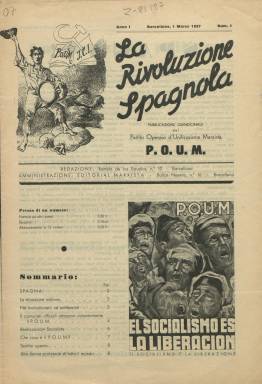
Título: La Rivoluzione spagnola
Colección: Guerra civil || Periódicos
Ámbito geográfico: Barcelona
Lugar de publicación: Barcelona
Fechas: 01/03/1937-01/05/1937

Periódico editado en italiano por el Partido Obrero de Unificación Marxista (POUM) destinado a los milicianos revolucionarios de Italia que habían venido a combatir a España en la Guerra Civil, así como a los italianos residentes en Francia. Se publicaba en Barcelona dado que era en Cataluña donde este partido tenía mayor implantación, aunque también tenía militantes en otras provincias fieles al Gobierno de la República.

  El POUM se había fundado en 1935 y era partidario de un comunismo libertario opuesto al sistema dictatorial implantado en la URSS por Stalin. Seguía la doctrina de Trotsky de la revolución permanente. Al igual que este periódico en italiano, el partido editaba también en Barcelona otro escrito en francés con el título La Revolution espagnole.

  La publicación tenía periodicidad quincenal, según anunciaba en su cabecera, aunque entre el primer número, de 1 marzo de 1937, y el segundo, de 1 de abril, transcurrió un mes. Los siguientes números sí se editaron cada quince días. No es probable que se publicara ningún número más después del correspondiente al 1 de mayo debido a los llamados Sucesos de mayo o Hechos de mayo de 1937, enfrentamientos entre el día 3 y 7 de ese mes en las calles de Barcelona que supusieron la desaparición de este partido.

  Los cuatro números que se llegaron a editar tenían ocho páginas y no incluían fotografías, aunque sí algún grabado. Por ejemplo, en el segundo número, en la página 3 el periódico reprodujo un cartel que había editado el Partido Comunista de España (PCE) en el que se acusaba gráficamente a los miembros del POUM de ser agentes al servicio de los nazis alemanes. Esto da una idea del tremendo enfrentamiento vivido entre los comunistas obedientes a Moscú y los comunistas del POUM.

En los Sucesos de mayo de 1937 los miembros del POUM se aliaron a las juventudes anarquistas y a otras fuerzas de izquierda que exigían hacer la revolución al tiempo que la guerra. Combatieron a fuerzas del Gobierno republicano, la Generalitat de Catalunya, los comunistas del PCE y los propios ministros anarquistas de la CNT, que intentaron sin éxito controlar la situación.

  Como consecuencia de esos enfrentamientos unas 500 personas perdieron la vida en las calles de Barcelona y otros lugares de la provincia y de Tarragona. Fue lo que se conoce como la guerra civil dentro de la Guerra Civil. Estos sucesos fueron narrados un año después por el escritor británico George Orwell en su novela ‘Homenaje a Cataluña’. Orwell fue testigo de excepción de estos enfrentamientos pues él se encontraba en Barcelona entre los milicianos del POUM.

  El POUM fue ilegalizado tras los Sucesos de mayo de 1937 y sus principales dirigentes detenidos, entre ellos Andreu Nin, que fue asesinado por agentes soviéticos, y Julián Gorkin, que sobrevivió a la purga y años después llegaría a militar en el PSOE.

Firmado como secretario internacional del POUM puede leerse un artículo en italiano de Julián Gorkin en la portada del último número de La Rivoluzione spagnola, el publicado el 1 de mayo de 1937 poco antes de los Sucesos.

  El primer párrafo del artículo, fácil de leer aunque esté en italiano, dice lo siguiente:  ‘El proletariado español celebra el 1 de mayo de 1937 con las armas en la mano en plena guerra civil contra el fascismo nacional y extranjero, en defensa de la revolución española e internacional’.

  Lo que no sabía Gorkin en ese momento es que él y los suyos tendrían que luchar con las armas en la mano no solo contra los fascistas sino también contra sus aliados en la Guerra Civil.

[Descripción publicada el 17/08/2022]